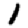
Digit: 1